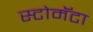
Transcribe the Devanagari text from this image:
स्टोमॅटा